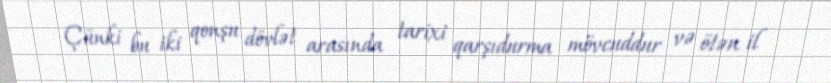
Çünki bu iki qonşu dövlət arasında tarixi qarşıdurma mövcuddur və ötən il